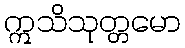
ဣသိသုတ္တမော